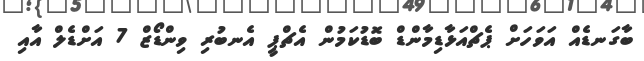
ބާގަނޑެއް އަވަހަށް ޕެޗްއަޅާޑިމާންޑް ބޮޑުކަމުން އެޗްޕީ އެނބުރި ވިންޑޯޒް 7 އަށްޑެލް އާއި